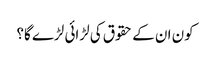
کون ان کے حقوق کی لڑائی لڑے گا؟